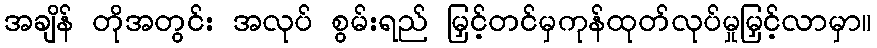
အချိန် တိုအတွင်း အလုပ် စွမ်းရည် မြှင့်တင်မှကုန်ထုတ်လုပ်မှုမြှင့်လာမှာ။